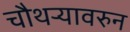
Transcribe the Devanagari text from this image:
चौथऱ्यावरुन